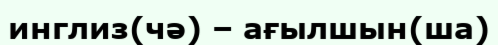
инглиз(чә) – ағылшын(ша)